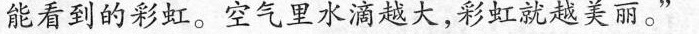
能看到的彩虹。空气里水滴越大，彩虹就越美丽。